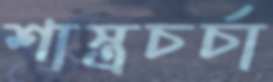
শাস্ত্রচর্চা